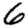
Digit: 9